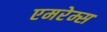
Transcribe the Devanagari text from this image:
एमरेम्स